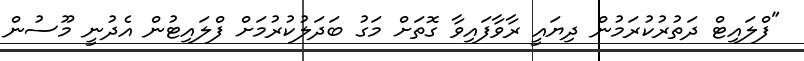
"ފްލައިޓް ދަތުރުކުރަމުން ދިޔައީ ރާވާފައިވާ ގޮތަށް މަގު ބަދަލުކުރުމަށް ފްލައިޓުން އެދުނީ މޫސުން